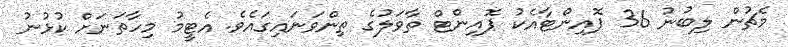
މެޗުން ލިބުނު 36 ޕޮއިންޓާއެކު ޕޮއިންޓް ތާވަލުގެ ތިންވަނައިގައެވެ. އެޓީމު މިހާތަނަށް ކުޅުނު